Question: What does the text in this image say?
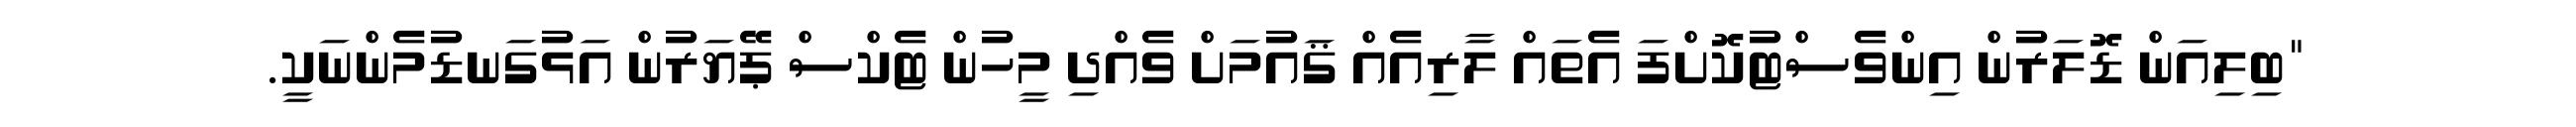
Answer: "ބިލިއަން ޑޮލަރުން އިންވެސްޓުކޮށްފަ އެތައް ލާރިއެއް ޤައުމަށް ވެއްދި މީހުން ޓެކްސް ޕޭޔަރުން އަޅުގަނޑުމެންނަކީ.